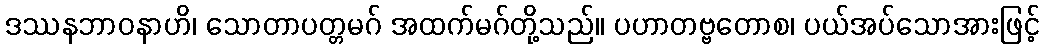
ဒဿနဘာဝနာဟိ၊ သောတာပတ္တမဂ် အထက်မဂ်တို့သည်။ ပဟာတဗ္ဗတောစ၊ ပယ်အပ်သောအားဖြင့်